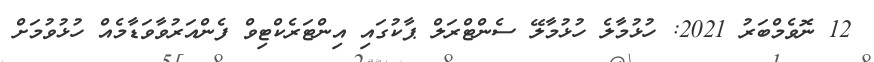
12 ނޮވެމްބަރު 2021: ހުޅުމާލެ ހުޅުމާލޭ ސެންޓްރަލް ޕާކުގައި އިންޓަރެކްޓިވް ފެންއަރުވާވަޑާމެއް ހުޅުވުމަށް